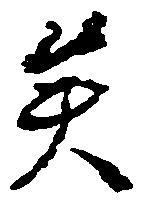
矣